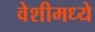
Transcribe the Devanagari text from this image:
वेशीमध्ये